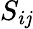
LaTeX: S_{i\mathit{j}}